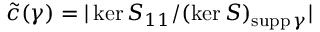
\widetilde c ( \gamma ) = | \ker S _ { 1 1 } / ( \ker S ) _ { \mathrm { s u p p } \, \gamma } |